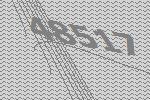
48517